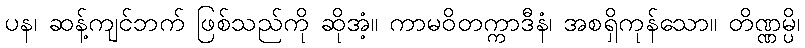
ပန၊ ဆန့်ကျင်ဘက် ဖြစ်သည်ကို ဆိုအံ့။ ကာမဝိတက္ကာဒီနံ၊ အစရှိကုန်သော။ တိဏ္ဏမ္ပိ၊